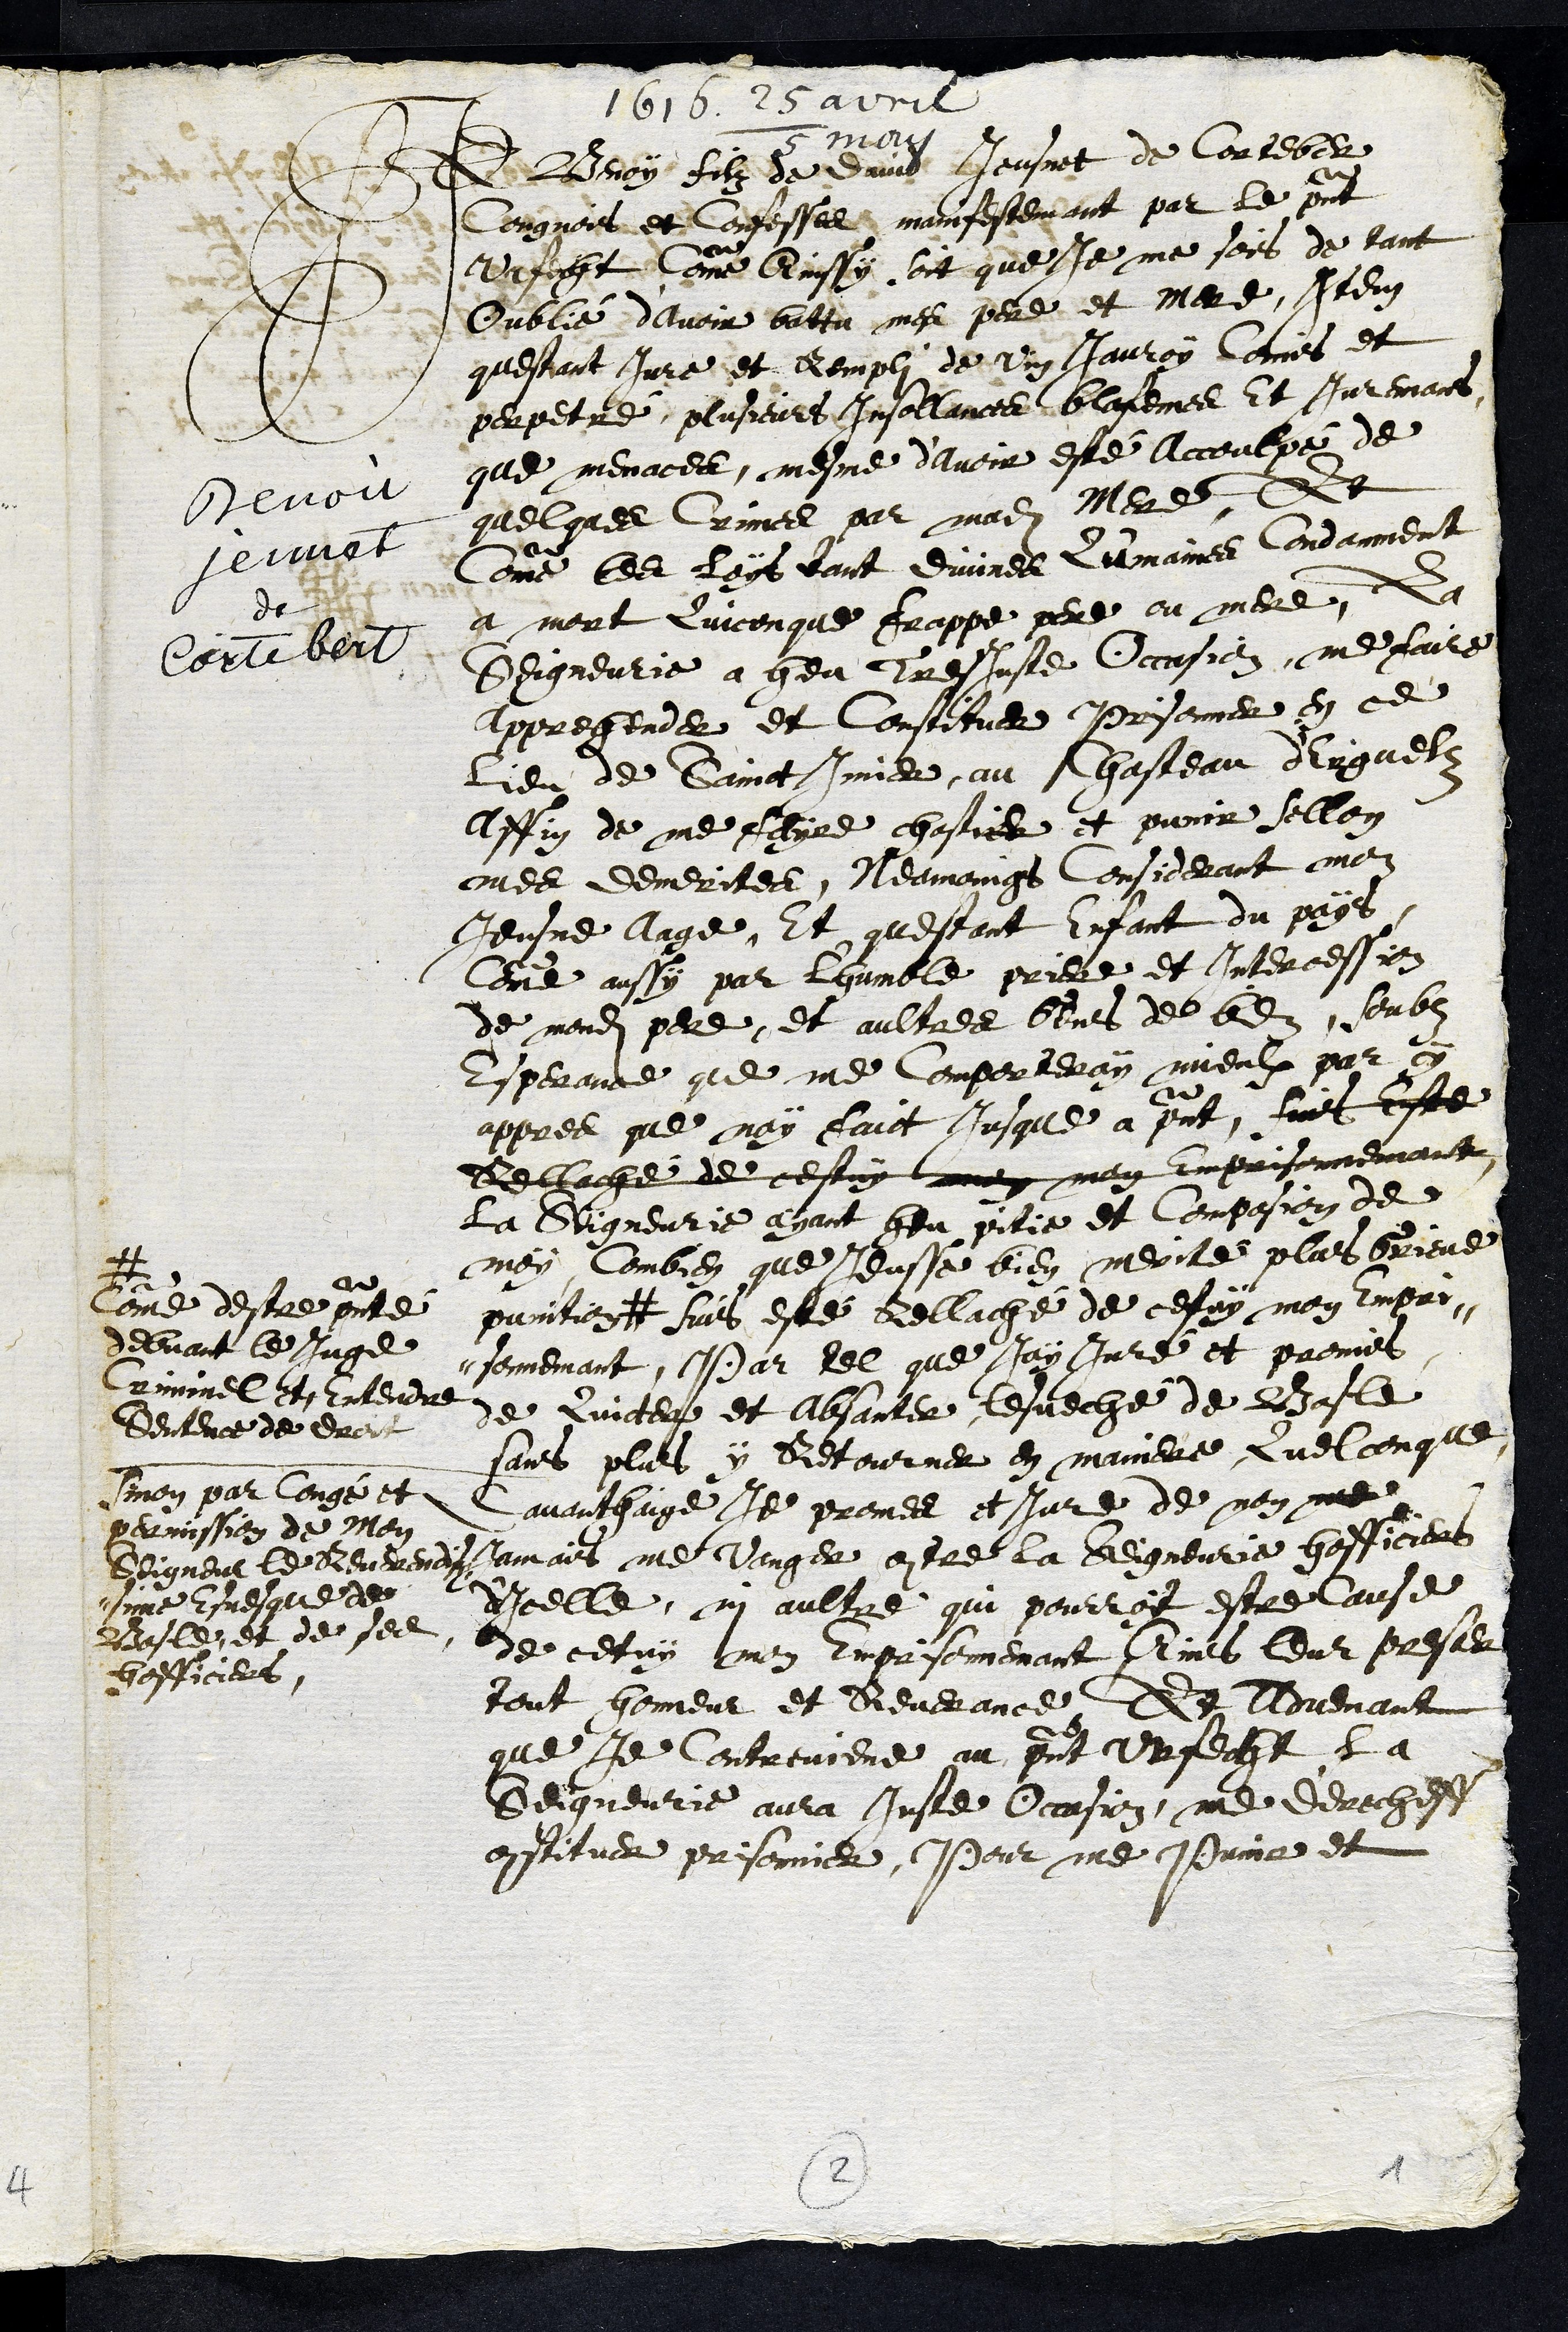
1616. 25 avril
/ 5 may
Benoit
jeunet
de
Cortebert
Je Benoy filz de david Jeusnet de Corteber
congnois et Confesses manifestemant par le present
Urfecht Comme Ainssy soit que je me sois de tant
Oublié d'avoir battu mes pere et mere. Item
questant Ivre et Rempli de vin Jauroy Comis et
perpetré plusieurs Insollances blasfemes Et Juremans
que menaces, mesme d'avoir esté Accoulpé de
quelques Crimes par madite Mere, Et
Comme les Loys tant divines Qumaines Condamnent
a mort Quiconque frappe pere ou mere, La
Seigneurie a heu Tres Juste Occasion, me faire
apprehender et Constituer Prisonnier en ce
Lieu de Sainct Imier, au Chasteau d'Erguelz
affin de me fayre chastier et punir sellon
mes demerites, Neamoings Considerant mon
Jeusne Aage, Et questant Enfant du pays,
Comme aussy par l'humble priere et Intercession
de mondit pere, et aultres Gens de bien, Soubz
Esperance que me Comporteray mieulx par cy
appres que nay faict jusque a present, suis Este
Rellaché de cestuy mon mon Emprisonnemant
la Seigneurie ayant heu pitie et Compasion de
moy, Combien que Jeusse bien merite plus Grieve
punition #
#
Comme destre presenté
debvant le juge
Criminel et, Entendre
Sentence de droit
suis esté rellaché de cestuy mon Empri¬
sonnemant, Par tel que jay Juré et promis
de Quicter et Absanter lesveche de Basle
sans plus y Retourner en maniere Quelconque
Sinon par Congé et
permission de Mon
Seigneur le Reverendis¬
sime Esvesque de
Basle, et de ses
hofficiers
Davanthaige Je promes et Jure de non me
jamais me Venger contre la Seigneurie hofficiers
d'Icelle, ni aultre qui pourroit estre cause
de cetuy mon Emprisonnemant Ains leur prester
tant honneur et Reverance Et Advenant
que je Contreviene au present Urfecht la
Seigneurie aura Juste Occasion, me derecheff
constituer prisonnier, Pour me Punir et
2
1